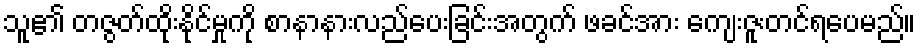
သူ၏ တဇွတ်ထိုးနိုင်မှုကို စာနာနားလည်ပေးခြင်းအတွက် ဖခင်အား ကျေးဇူးတင်ရပေမည်။